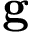
\mathbf { g }